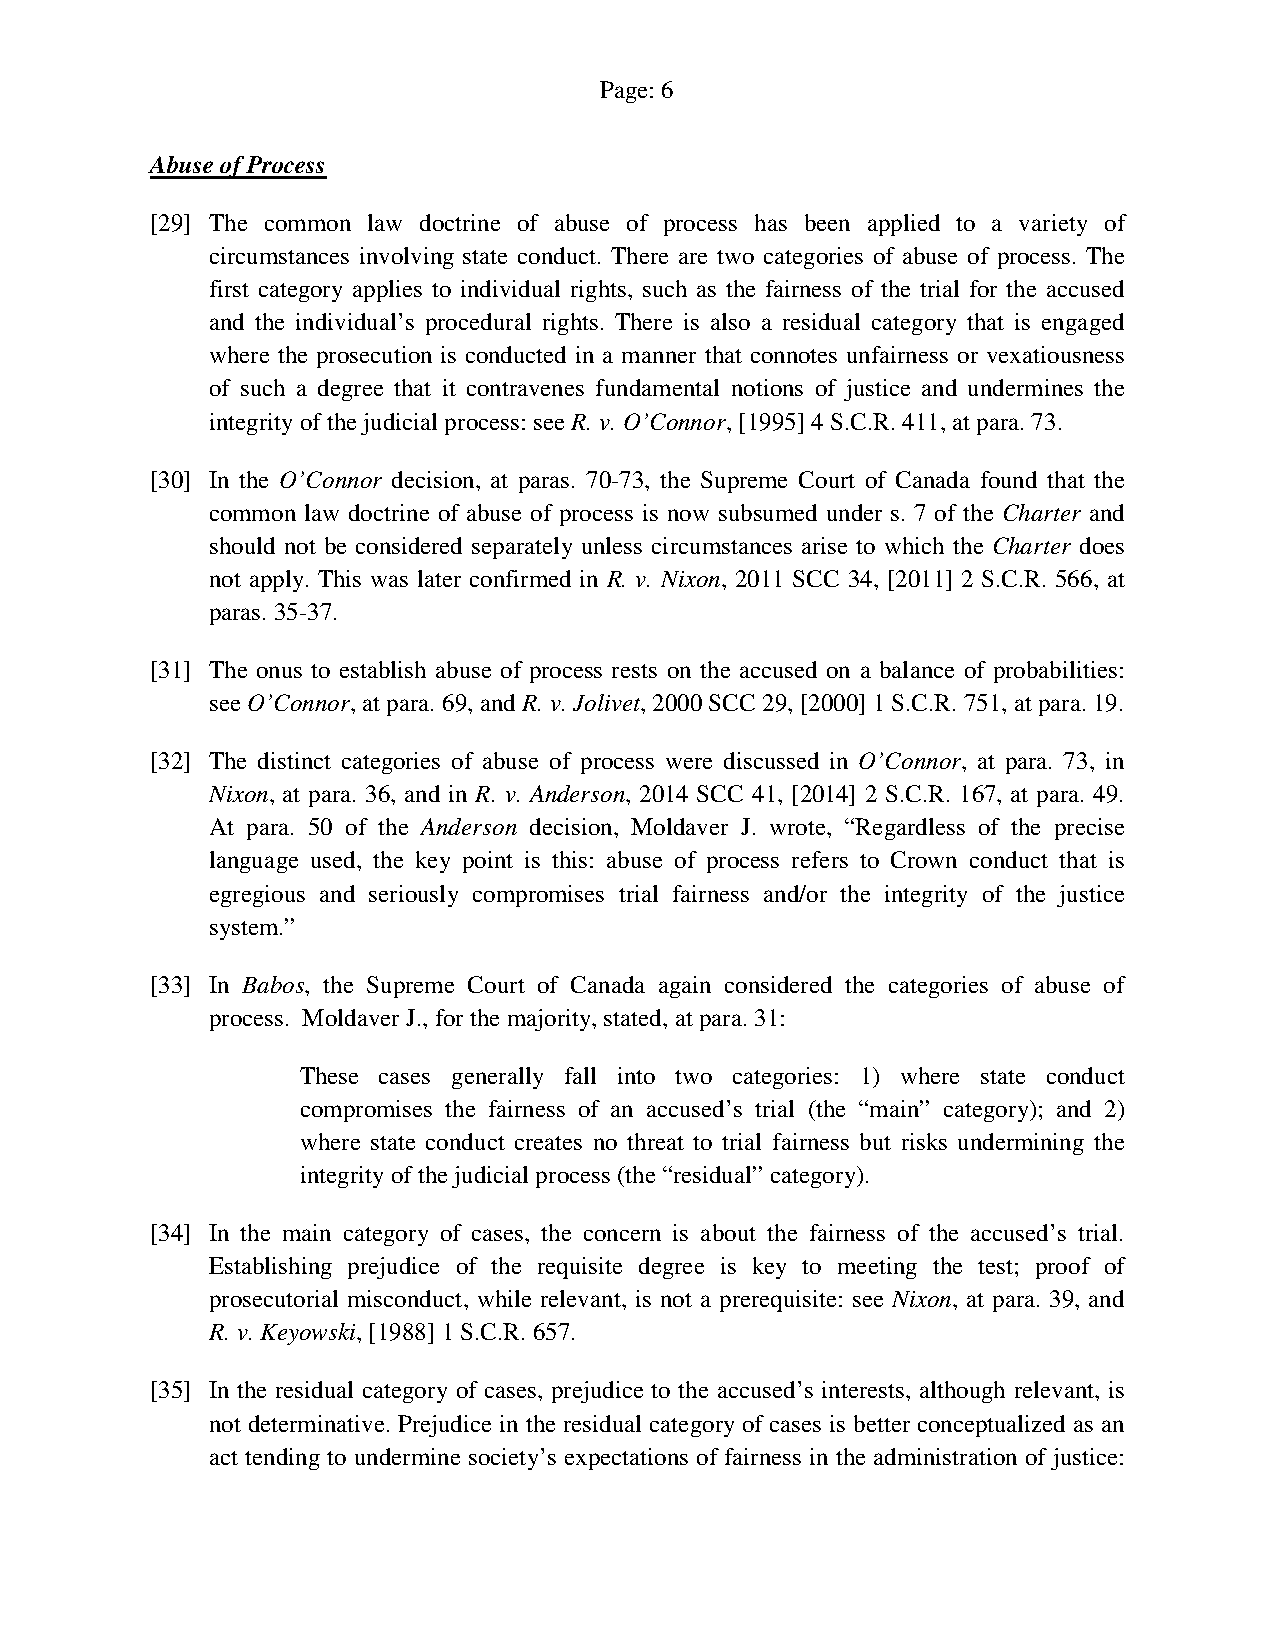
Page: 6
 Abuse of Process
 [29] The common law doctrine of abuse of process has been applied to a variety of
 circumstances involving state conduct. There are two categories of abuse of process. The
 first category applies to individual rights, such as the fairness of the trial for the accused
 and the individual’s procedural rights. There is also a residual category that is engaged
 where the prosecution is conducted in a manner that connotes unfairness or vexatiousness
 of such a degree that it contravenes fundamental notions of justice and undermines the
 integrity of the judicial process: see R. v. O’Connor, [1995] 4 S.C.R. 411, at para. 73.
 [30] In the O’Connor decision, at paras. 70-73, the Supreme Court of Canada found that the
 common law doctrine of abuse of process is now subsumed under s. 7 of the Charter and
 should not be considered separately unless circumstances arise to which the Charter does
 not apply. This was later confirmed in R. v. Nixon, 2011 SCC 34, [2011] 2 S.C.R. 566, at
 paras. 35-37.
 [31] The onus to establish abuse of process rests on the accused on a balance of probabilities:
 see O’Connor, at para. 69, and R. v. Jolivet, 2000 SCC 29, [2000] 1 S.C.R. 751, at para. 19.
 [32] The distinct categories of abuse of process were discussed in O’Connor, at para. 73, in
 Nixon, at para. 36, and in R. v. Anderson, 2014 SCC 41, [2014] 2 S.C.R. 167, at para. 49.
 At para. 50 of the Anderson decision, Moldaver J. wrote, “Regardless of the precise
 language used, the key point is this: abuse of process refers to Crown conduct that is
 egregious and seriously compromises trial fairness and/or the integrity of the justice
 system.”
 [33] In Babos, the Supreme Court of Canada again considered the categories of abuse of
 process. Moldaver J., for the majority, stated, at para. 31:
 These cases generally fall into two categories: 1) where state conduct
 compromises the fairness of an accused’s trial (the “main” category); and 2)
 where state conduct creates no threat to trial fairness but risks undermining the
 integrity of the judicial process (the “residual” category).
 [34] In the main category of cases, the concern is about the fairness of the accused’s trial.
 Establishing prejudice of the requisite degree is key to meeting the test; proof of
 prosecutorial misconduct, while relevant, is not a prerequisite: see Nixon, at para. 39, and
 R. v. Keyowski, [1988] 1 S.C.R. 657.
 [35] In the residual category of cases, prejudice to the accused’s interests, although relevant, is
 not determinative. Prejudice in the residual category of cases is better conceptualized as an
 act tending to undermine society’s expectations of fairness in the administration of justice: